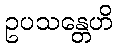
ဥပသန္တေဟိ